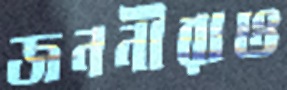
জননীরাও